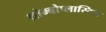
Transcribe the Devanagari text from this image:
थ्रोम्बोप्लास्टिन